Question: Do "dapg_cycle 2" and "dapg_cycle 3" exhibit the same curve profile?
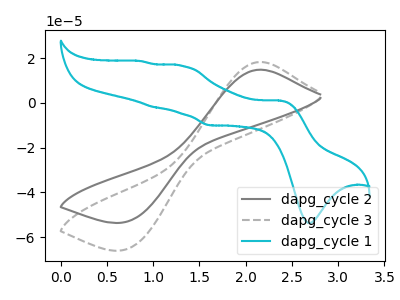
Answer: <think>The gray curve "dapg_cycle 2" has an anodic peak at (2.15V, 14.80uA) and a cathodic peak at (0.75V, -52.80uA). The gray dashed curve "dapg_cycle 3" has an anodic peak at (2.15V, 18.25uA) and a cathodic peak at (0.75V, -65.00uA). The cyan curve "dapg_cycle 1" has anodic peaks at (2.40V, 1.00uA) (1.30V, 16.50uA) (1.00V, -1.90uA) (0.85V, 18.65uA) and cathodic peaks at (2.70V, -53.70uA) (1.60V, -10.00uA).
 All the peaks in "dapg_cycle 2" have a peak in "dapg_cycle 3" at the same potential. Every peak in "dapg_cycle 2" is lower than every peak in "dapg_cycle 3".</think>
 <answer>"dapg_cycle 2" and "dapg_cycle 3" are similar in shape.</answer>
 <eval>same_shape</eval>